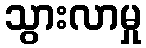
သွားလာမှု